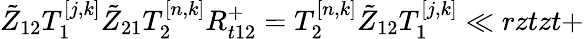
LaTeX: \tilde{Z}_{12}T_{1}^{[j,k]}\tilde{Z}_{21}T_{2}^{[n,k]}{R}_{t12}^{+}=T_{2}^{[n,k]}\tilde{Z}_{12}T_{1}^{[j,k]}\ll{rztzt+}